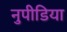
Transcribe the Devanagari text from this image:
नुपीडिया